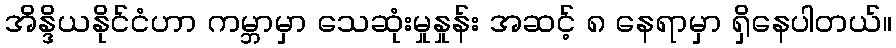
အိန္ဒိယနိုင်ငံဟာ ကမ္ဘာမှာ သေဆုံးမှုနှုန်း အဆင့် ၈ နေရာမှာ ရှိနေပါတယ်။